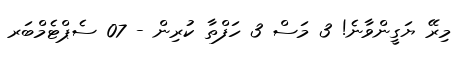
މިރޭ ޔަގީންވާނެ! 3 މަސް 3 ހަފްތާ ކުރިން - 07 ސެޕްޓެމްބަރ